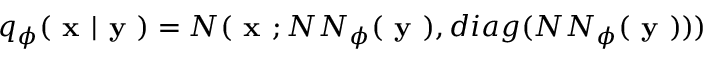
q _ { \phi } ( \textbf { x } | \textbf { y } ) = N ( \textbf { x } ; N N _ { \phi } ( \textbf { y } ) , d i a g ( N N _ { \phi } ( \textbf { y } ) ) )